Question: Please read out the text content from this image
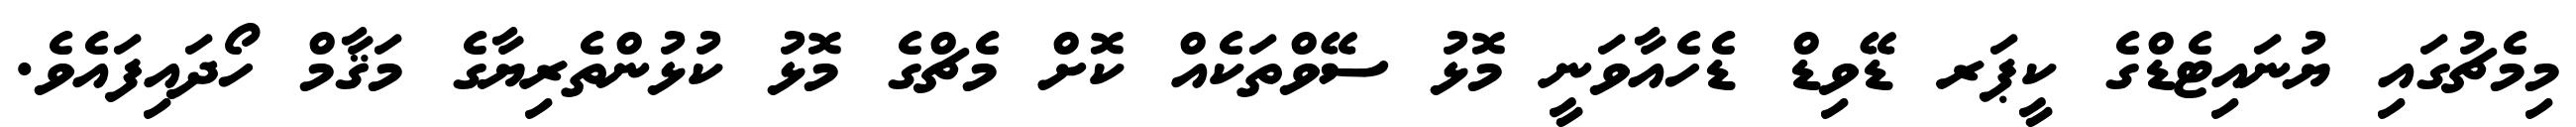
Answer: މިމެޗުގައި ޔުނައިޓެޑްގެ ކީޕަރ ޑޭވިޑް ޑެހެއާވަނީ މޮޅު ސޭވްތަކެއް ކޮށް މެޗްގެ މޮޅު ކުޅުންތެރިޔާގެ މަޤާމް ހޯދައިފައެވެ.